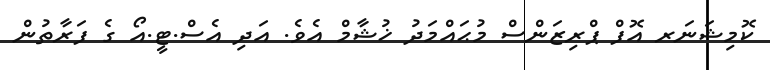
ކޮމިޝަނަރ އޮފް ޕްރިޒަންސް މުޙައްމަދު ޚުޝާމް އެވެ. އަދި އެސް.ޓީ.އޯ ގެ ފަރާތުން